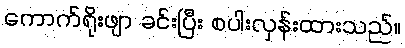
ကောက်ရိုးဖျာ ခင်းပြီး စပါးလှန်းထားသည်။